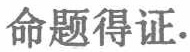
命题得证.